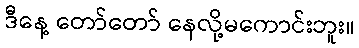
ဒီနေ့ တော်တော် နေလို့မကောင်းဘူး။